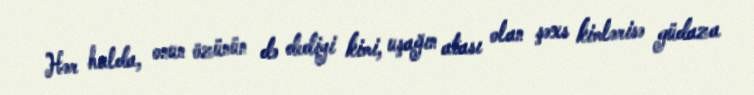
Hər halda, onun özünün də dediyi kimi, uşağın atası olan şəxs kimlərisə güdaza